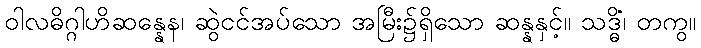
ဝါလဓိဂ္ဂါဟိဆန္နေန၊ ဆွဲငင်အပ်သော အမြီး၌ရှိသော ဆန္နနှင့်။ သဒ္ဓိံ၊ တကွ။